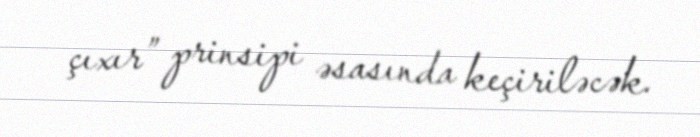
çıxır” prinsipi əsasında keçiriləcək.